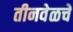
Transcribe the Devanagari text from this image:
तीनवेळचे